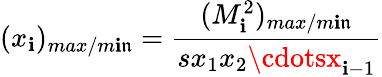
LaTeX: (x_{\mathbf{i}})_{max/m\mathbf{i}\mathfrak{n}}=\frac{{(M_{\mathbf{i}}^{2})_{max/m\mathbf{i}\mathfrak{n}}}}{{sx_{1}x_{2}\cdotsx_{\mathbf{i}-1}}}